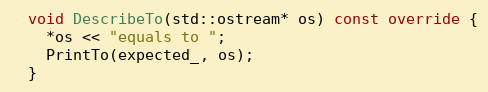
Language: C++
  void DescribeTo(std::ostream* os) const override {
    *os << "equals to ";
    PrintTo(expected_, os);
  }